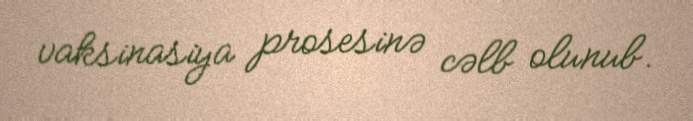
vaksinasiya prosesinə cəlb olunub.